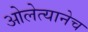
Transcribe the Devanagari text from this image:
ओलेत्यानेच